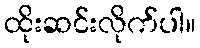
ထိုးဆင်းလိုက်ပါ။